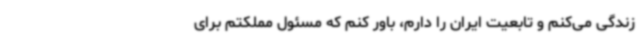
زندگی می‌کنم و تابعیت ایران را دارم، باور کنم که مسئول مملکتم برای